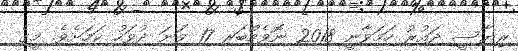
ރިޔާސީ ދައުރު ހަމަވާނީ 2018 ނޮވެމްބަރ 17 ވަނަ ދުވަހު ކަމަށެވެ. މީގެ